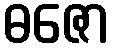
ဓဇော